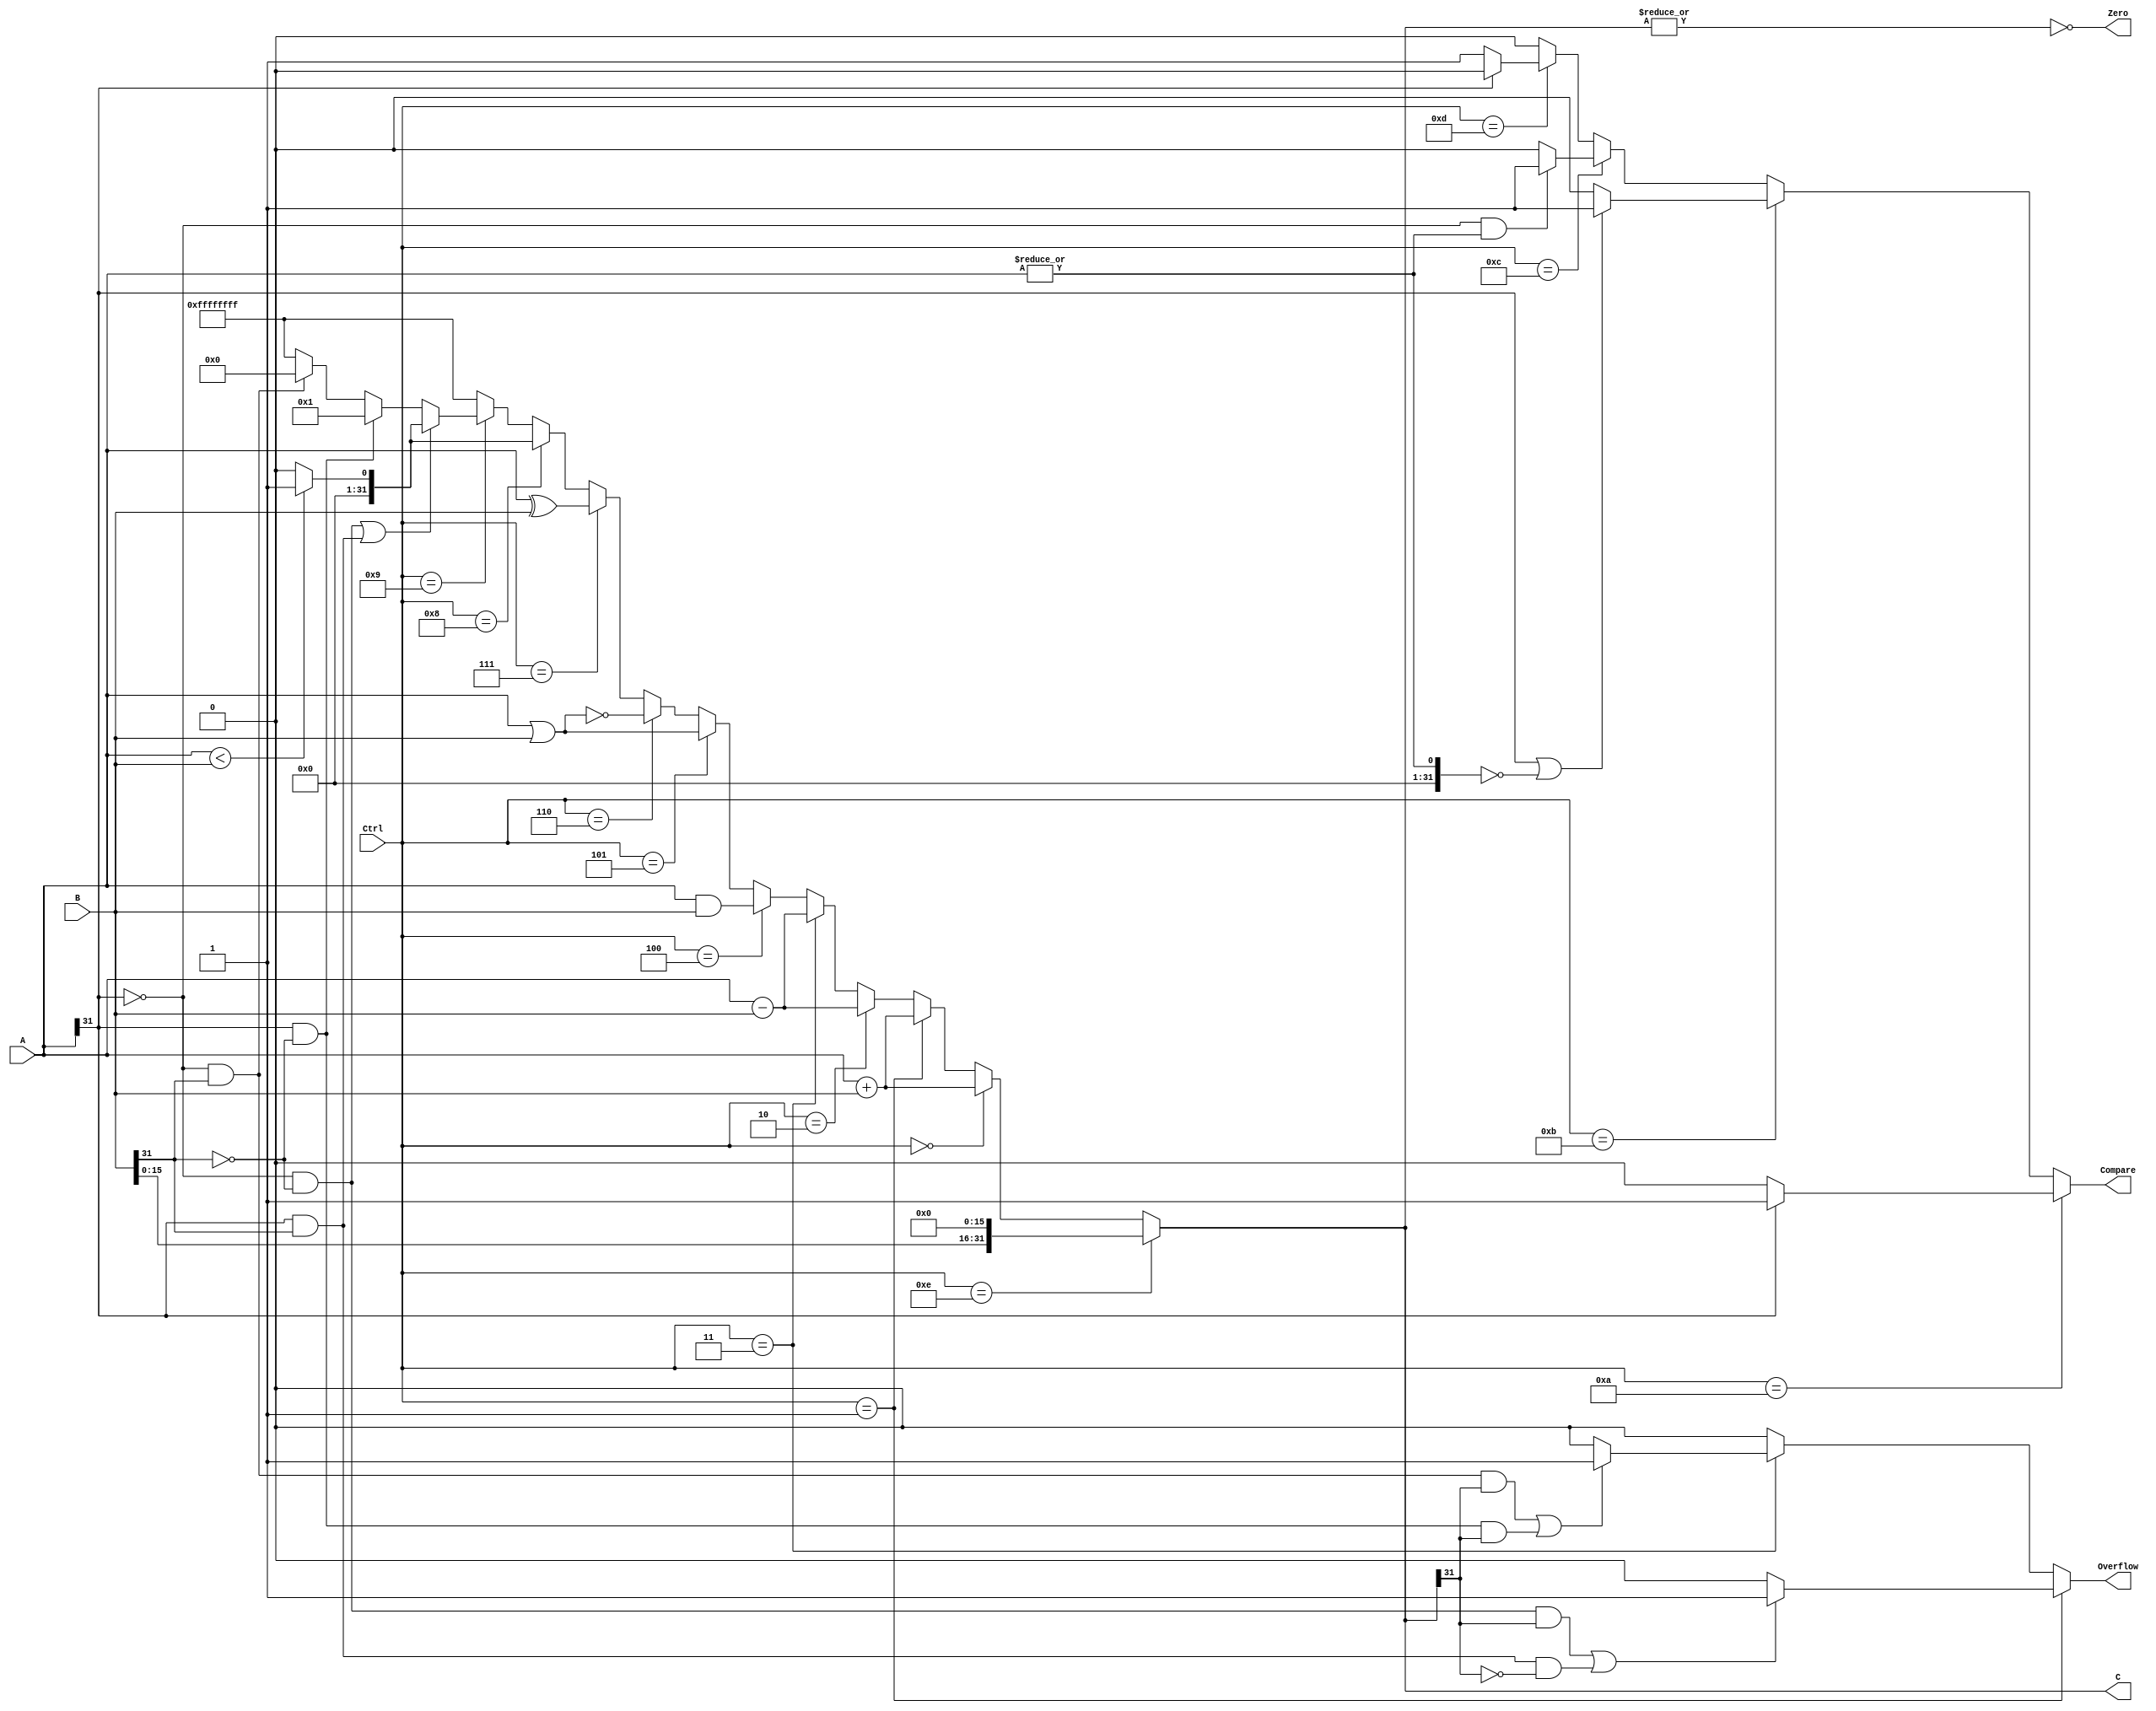
module ALU(input [31:0] A,B,input [3:0] Ctrl,output [31:0] C,output Zero,Overflow,Compare);
  assign C=(Ctrl==4'b1110)?{B[15:0],16'h0000}://lui
           (Ctrl==4'b0000)?(A+B):
           (Ctrl==4'b0001)?(A+B)://
           (Ctrl==4'b0010)?(A-B):
           (Ctrl==4'b0011)?(A-B)://
           (Ctrl==4'b0100)?A&B:
           (Ctrl==4'b0101)?A|B:
           (Ctrl==4'b0110)?~(A|B)://nor
           (Ctrl==4'b0111)?A^B:
           (Ctrl==4'b1000)?((A<B)?1:0): //sltu
           (Ctrl==4'b1001)?   //slt
           (((A[31]==0&&B[31]==0)||(A[31]==1&&B[31]==1))?((A<B)?32'h00000001:32'h00000000):
           (A[31]==1&&B[31]==0)?32'h00000001:
           (A[31]==0&&B[31]==1)?32'h00000000:32'hffffffff)
           :32'hffffffff;
  assign Compare=(Ctrl==4'b1010)?((A[31]==1)?1:0):
                 (Ctrl==4'b1011)?(((A[31]==1)||(|A[31:0]==0))?1:0):
                 (Ctrl==4'b1100)?(((A[31]==0)&&(|A[31:0]!=0))?1:0):
                 (Ctrl==4'b1101)?((A[31]==0)?1:0):0;
  assign Zero=~(|C[31:0]);
  assign Overflow=(Ctrl==4'b0001)?(((A[31]==0&&B[31]==0&&C[31]==1)||(A[31]==1&&B[31]==1&&C[31]==0))?1:0):
                  (Ctrl==4'b0011)?(((A[31]==0&&B[31]==1&&C[31]==1)||(A[31]==1&&B[31]==0&&C[31]==1))?1:0):0;
endmodule